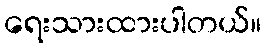
ရေးသားထားပါတယ်။